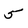
Character: 5